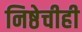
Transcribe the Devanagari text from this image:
निष्ठेचीही